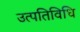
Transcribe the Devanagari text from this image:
उत्पतिविधि